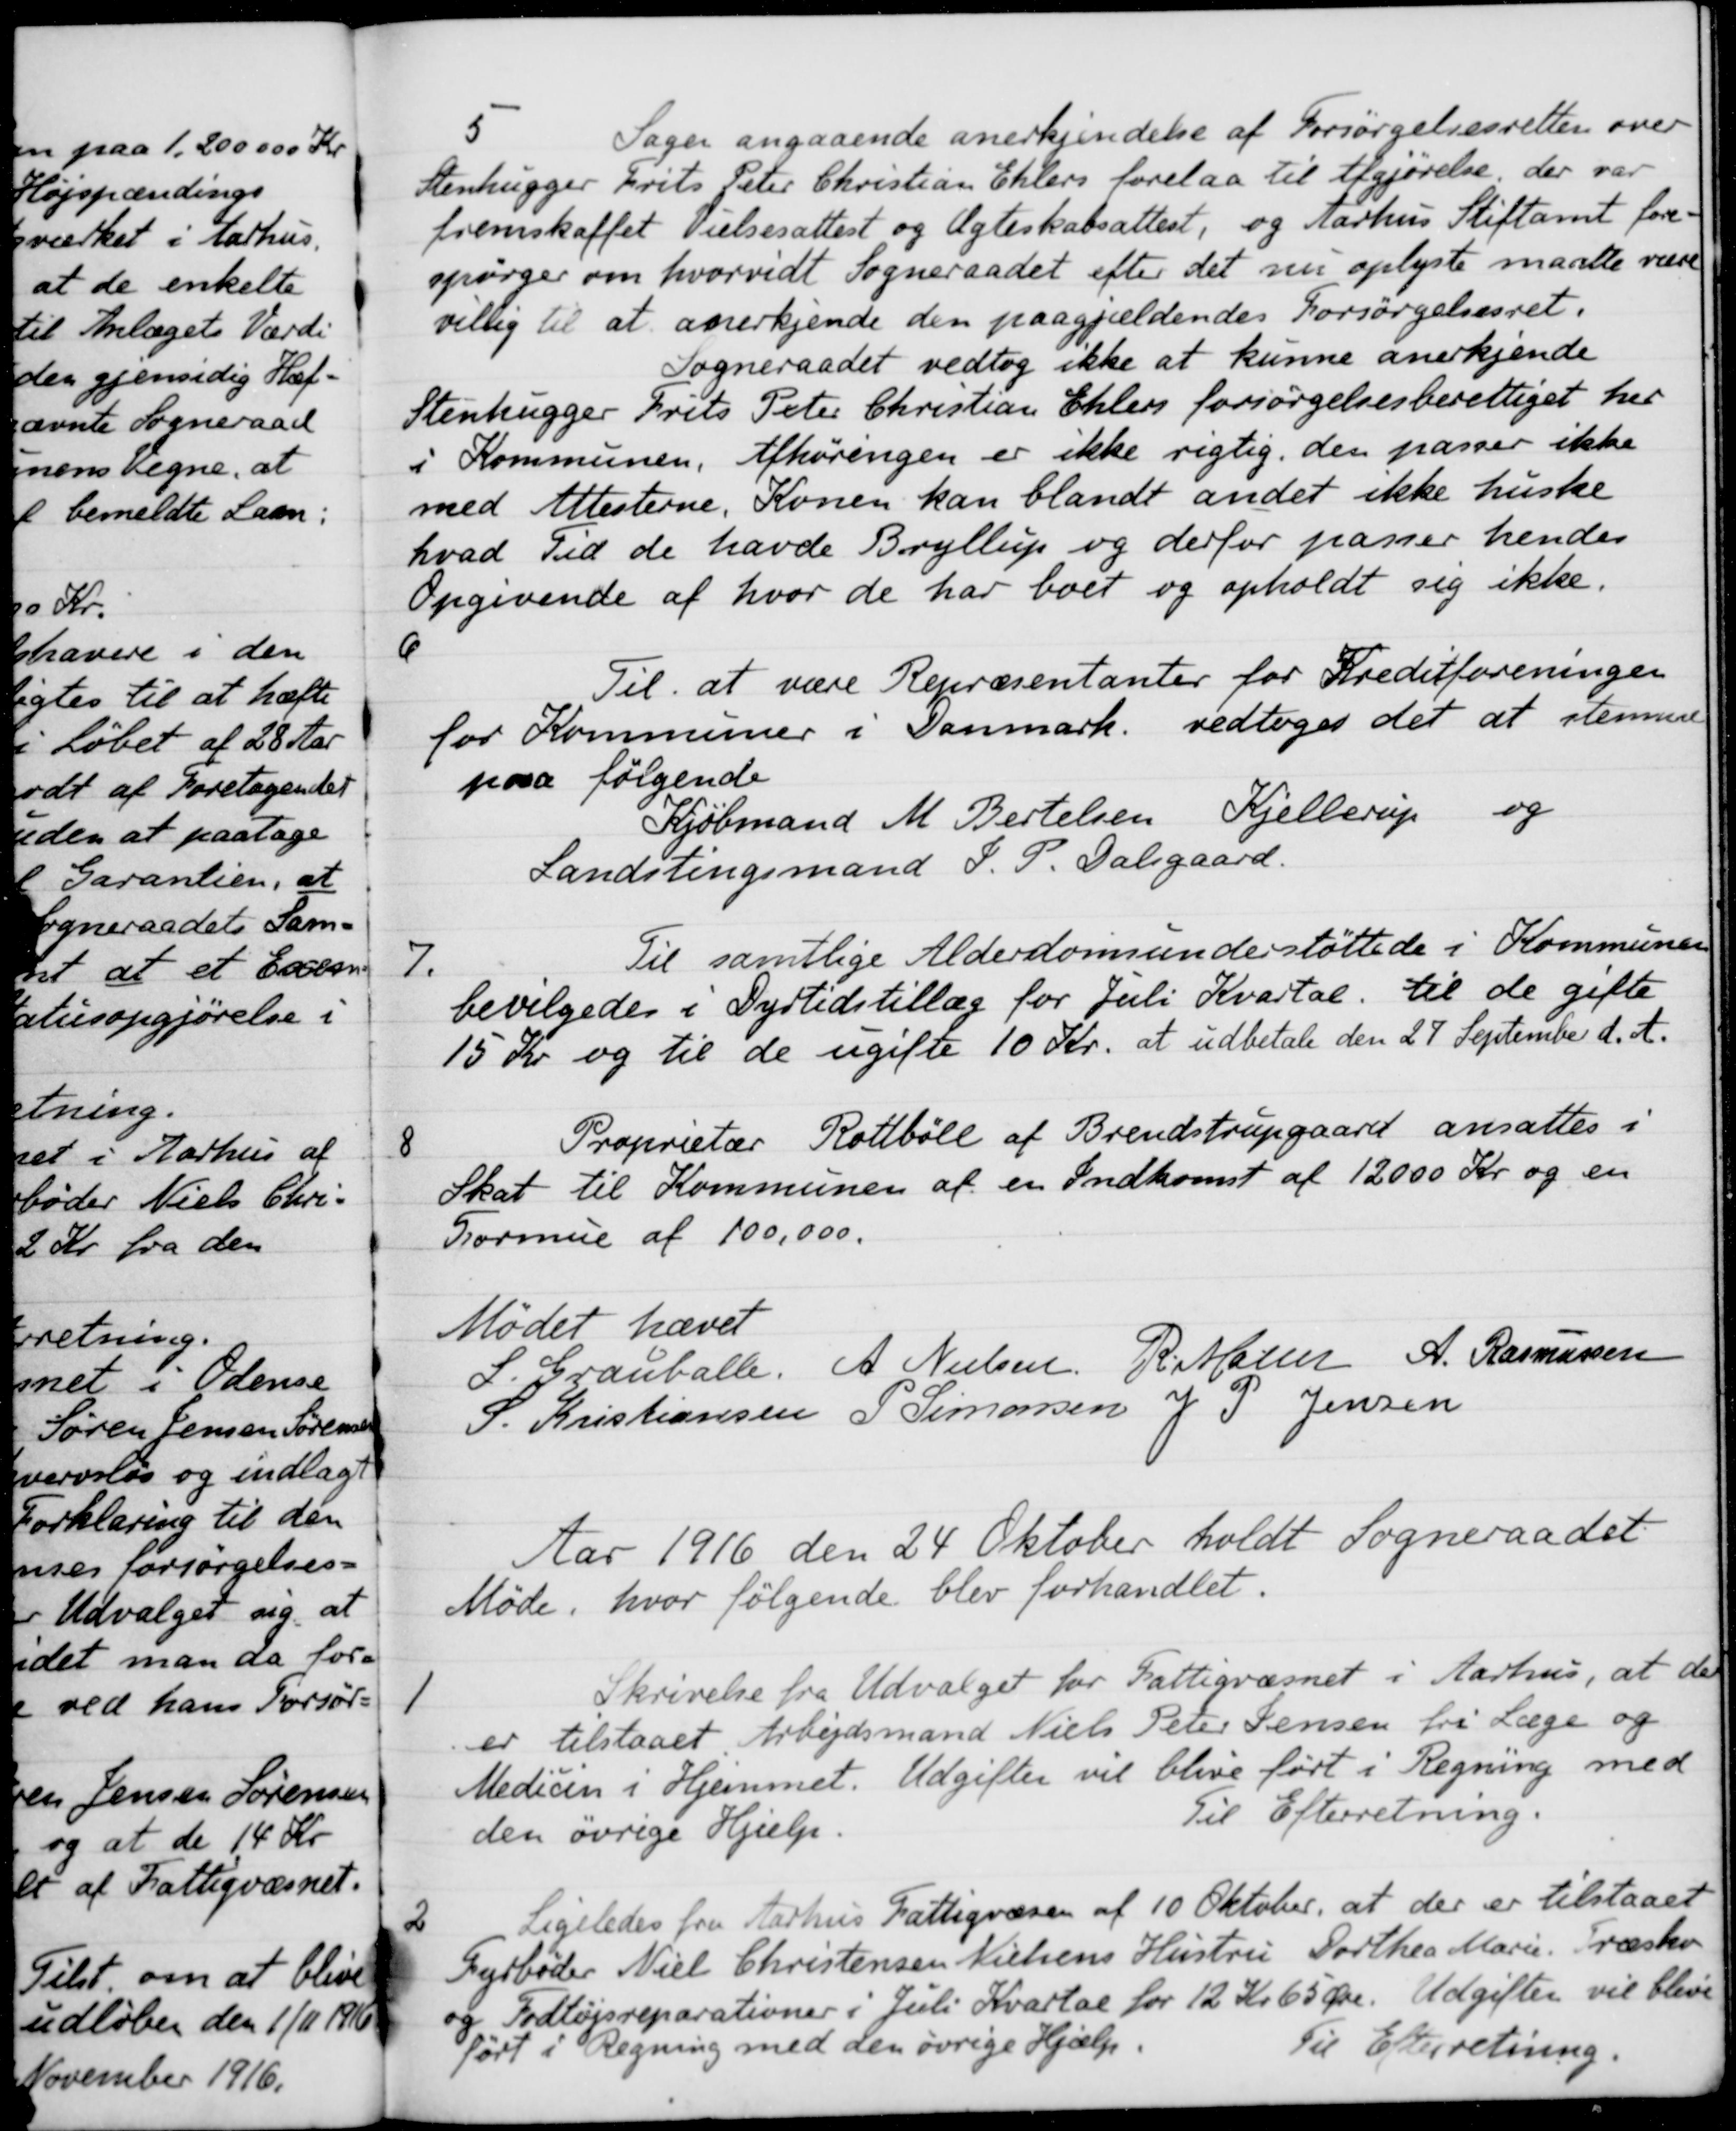
Transskription:
5
Sagen angaaende anerkjendelse af Forsørgelsesretten over 
Stenhugger Frits Peter Christian Ehlers forelaa til Afgjørelse, der var
fremskaffet Vielsesattest og Ægteskabsattest, og Aarhus Stiftamt fore
spørger om hvorvidt Sogneraadet efter det nu oplyste maatte være
villig til at anerkjende den paagjældendes Forsørgelsesret.
Sogneraadet vedtog ikke at kunne anerkjende
Stenhugger Frits Peter Christian Ehlers forsørgelsesberettiget her
i Kommunen. Afhøringen er ikke rigtig, den passer ikke
med Attesterne. Konen kan blandt andet ikke huske
hvad Tid de havde Bryllup og derfor passer hendes
Opgivende af hvor de har boet og opholdt sig ikke.
6
Til at være Repræsentanter for Kreditforeningen
for Kommuner i Danmark vedtoges det at stemme
paa følgende
Kjøbmand M. Bertelsen, Kjellerup og
Landstingsmand S. P. Dalsgaard.
7.
Til samtlige Alderdomsunderstøttede i Kommunen
bevilgedes i Dyrtidstillæg for Juli Kvartal. til de gifte
15 Kr og til de ugifte 10 Kr. at udbetale den 27 September d. A.
8
Proprietær Rottbøll af Brendstrupgaard ansattes i
Skat til Kommunen af en Indkomst af 12000 Kr og en
Formue af 100,000.
Mødet hævet
S. Grauballe,
A. Nielsen
R. Møller
A. Rasmussen
S. Kristiansen
P. Simonsen
J. P. Jensen
Aar 1916 den 24 Oktober holdt Sogneraadet
Møde, hvor følgende blev forhandlet.
1
Skrivelse fra Udvalget for Fattigvæsnet i Aarhus, at der
er tilstaaet Arbejdsmand Niels Peter Jensen fri Læge og
Medicin i Hjemmet. Udgifter vil blive ført i Regning med
den øvrige Hjælp.
Til Efterretning.
2
Ligeledes fra Aarhus Fattigvæsen af 10 Oktober, at der er tilstaaet
Fyrbøder Niel Christensen Nielsens Hustru Dorthea Marie Træsko
og Fodtøjsreparationer i Juli Kvartal for 12 Kr 65 Øre. Udgifter vil blive
ført i Regning med den øvrige Hjælp.
Til Efterretning